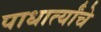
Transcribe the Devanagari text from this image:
पाधार्त्यांचे